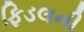
ફિડલની